Madras plague regulations in force outside the Presidency town - Volume 5
Disease focus: Plague
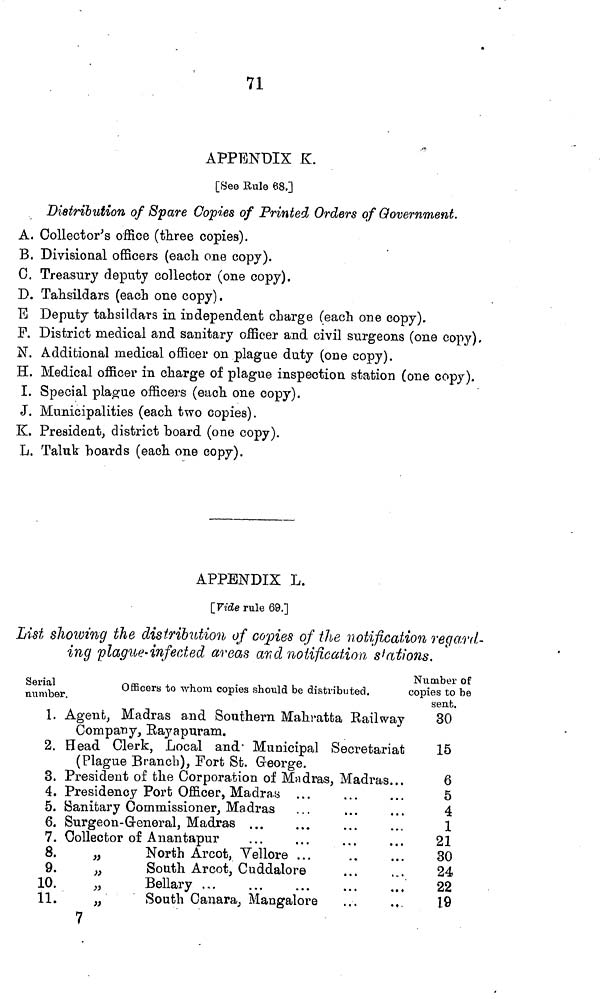
71
APPENDIX K.
[See Rule 68.]
Distribution of Spare Copies of Printed Orders of Government.
A. Collector's office (three copies).
B. Divisional officers (each one copy).
C. Treasury deputy collector (one copy).
D. Tahsildars (each one copy).
E Deputy tahsildars in independent charge (each one copy).
F. District medical and sanitary officer and civil surgeons (one copy).
N. Additional medical officer on plague duty (one copy).
H. Medical officer in charge of plague inspection station (one copy).
I. Special plague officers (each one copy).
J. Municipalities (each two copies).
K. President, district board (one copy).
L. Taluk boards (each one copy).
APPENDIX L.
[Vide rule 69.]
List showing the distribution of copies of the notification regard-
ing plague-infected areas and notification stations.
Serial
number
1.
2.
3.
4.
5.
6.
7.
8.
9.
10.
11.
Officers to whom copies should be distributed.
Agent, Madras and Southern Mahratta Railway
Company, Rayapuram.
Head Clerk, Local and Municipal Secretariat
(Plague Branch), Fort St. George.
President of the Corporation of Madras, Madras...
Presidency Port Officer, Madras
Sanitary Commissioner, Madras
Surgeon-General, Madras ...
Collector of Anantapur
„
North Arcot. Vellore
„
South Arcot, Cuddalore
„
Bellary
„
South Cañara, Mangalore
7
Number of
copies to be
sent.
30
15
6
5
4
1
21
30
24
22
19